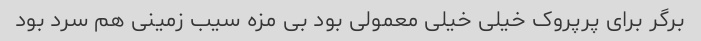
برگر برای پرپروک خیلی خیلی معمولی بود بی مزه سیب زمینی هم سرد بود